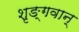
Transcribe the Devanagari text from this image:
शृङ्गवान्